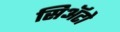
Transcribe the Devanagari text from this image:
सिअॅटो